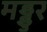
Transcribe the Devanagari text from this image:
मड्डुर